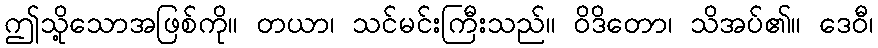
ဤသို့သောအဖြစ်ကို။ တယာ၊ သင်မင်းကြီးသည်။ ဝိဒိတော၊ သိအပ်၏။ ဒေဝီ၊